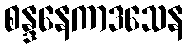
စန္ဒနေကာဒသေန